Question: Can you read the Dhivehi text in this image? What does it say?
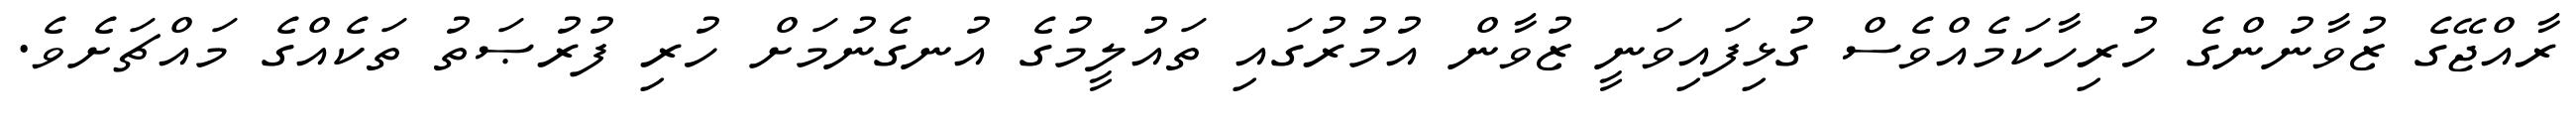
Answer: ރާއްޖޭގެ ޒުވާނުންގެ ހުރިހާކަމެއްވެސް ގުޅިފައިވަނީ ޒުވާން އުމުރުގައި ތައުލީމުގެ އުނގެނުމަށް ހުރި ފުރުޞަތު ތަކެއްގެ މައްޗަށެވެ.